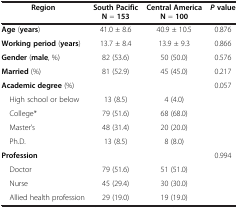
<table><thead><tr><td><b>Region</b></td><td><b>South Pacific N = 153</b></td><td><b>Central America N = 100</b></td><td><b><i>P </i>value</b></td></tr></thead><tbody><tr><td><b>Age</b> (<b>years</b>)</td><td>41.0 ± 8.6</td><td>40.9 ± 10.5</td><td>0.876</td></tr><tr><td><b>Working period</b> (<b>years</b>)</td><td>13.7 ± 8.4</td><td>13.9 ± 9.3</td><td>0.866</td></tr><tr><td><b>Gender</b> (<b>male</b>, %)</td><td>82 (53.6)</td><td>50 (50.0)</td><td>0.576</td></tr><tr><td><b>Married</b> (%)</td><td>81 (52.9)</td><td>45 (45.0)</td><td>0.217</td></tr><tr><td><b>Academic degree</b> (%)</td><td> </td><td> </td><td>0.057</td></tr><tr><td> High school or below</td><td>13 (8.5)</td><td>4 (4.0)</td><td> </td></tr><tr><td> College*</td><td>79 (51.6)</td><td>68 (68.0)</td><td> </td></tr><tr><td> Master’s</td><td>48 (31.4)</td><td>20 (20.0)</td><td> </td></tr><tr><td> Ph.D.</td><td>13 (8.5)</td><td>8 (8.0)</td><td> </td></tr><tr><td><b>Profession</b></td><td> </td><td> </td><td>0.994</td></tr><tr><td> Doctor</td><td>79 (51.6)</td><td>51 (51.0)</td><td> </td></tr><tr><td> Nurse</td><td>45 (29.4)</td><td>30 (30.0)</td><td> </td></tr><tr><td> Allied health profession</td><td>29 (19.0)</td><td>19 (19.0)</td><td> </td></tr></tbody></table>